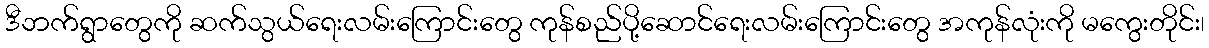
ဒီဘက်ရွာတွေကို ဆက်သွယ်ရေးလမ်းကြောင်းတွေ ကုန်စည်ပို့ဆောင်ရေးလမ်းကြောင်းတွေ အကုန်လုံးကို မကွေးတိုင်း၊